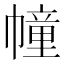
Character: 幢